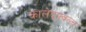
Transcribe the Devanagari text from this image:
कालेद्फ्वल्च